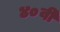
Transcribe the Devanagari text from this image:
४०वी